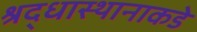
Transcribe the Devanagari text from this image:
श्रद्धास्थानाकडे